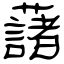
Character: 藷